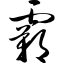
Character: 霸